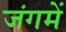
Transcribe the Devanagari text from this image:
जंगमें